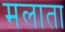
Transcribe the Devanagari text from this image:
मलाता